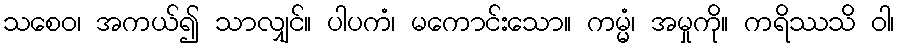
သစေဝ၊ အကယ်၍ သာလျှင်။ ပါပကံ၊ မကောင်းသော။ ကမ္မံ၊ အမှုကို။ ကရိဿသိ ဝါ၊